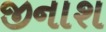
જીનાશ